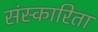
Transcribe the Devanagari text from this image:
संस्कारिता